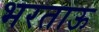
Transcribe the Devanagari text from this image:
भरताऊ